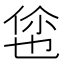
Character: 𬾡